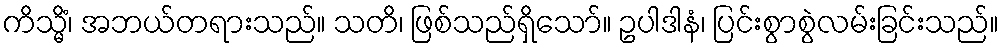
ကိသ္မိံ၊ အဘယ်တရားသည်။ သတိ၊ ဖြစ်သည်ရှိသော်။ ဥပါဒါနံ၊ ပြင်းစွာစွဲလမ်းခြင်းသည်။